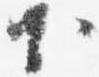
下